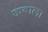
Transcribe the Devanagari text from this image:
ऊबाला